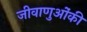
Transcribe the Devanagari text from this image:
जीवाणुओंकी